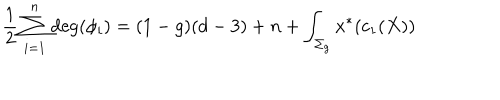
{ \frac { 1 } { 2 } } \sum _ { i = 1 } ^ { n } \mathrm { d e g } ( \phi _ { i } ) = ( 1 - g ) ( d - 3 ) + n + \int _ { \Sigma _ { g } } x ^ { * } ( c _ { 1 } ( X ) )